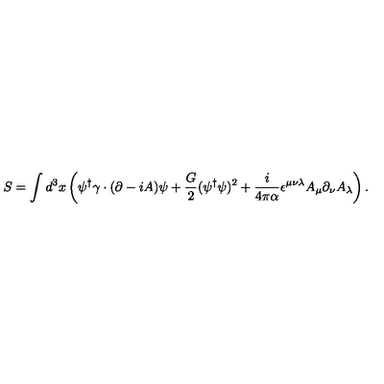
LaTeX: S = \int d ^ { 3 } x \left( \psi ^ { \dagger } \gamma \cdot ( \partial - i A ) \psi + \frac { G } { 2 } ( \psi ^ { \dagger } \psi ) ^ { 2 } + \frac { i } { 4 \pi \alpha } \epsilon ^ { \mu \nu \lambda } A _ { \mu } \partial _ { \nu } A _ { \lambda } \right) .